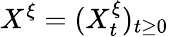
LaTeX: X^{\xi}=(X_{t}^{\xi})_{t\geq 0}